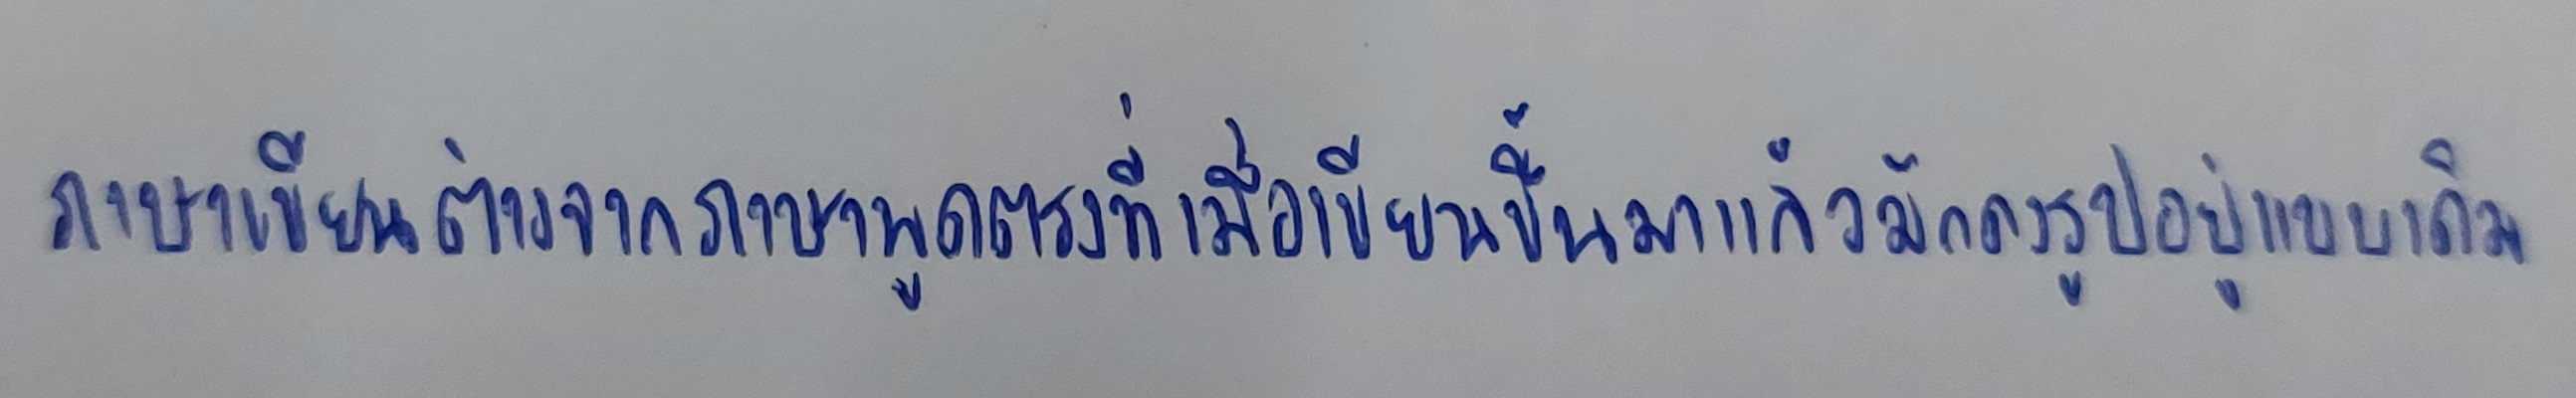
ภาษาเขียนต่างจากภาษาพูดตรงที่เมื่อเขียนขึ้นมาแล้วมักคงรูปอยู่แบบเดิม